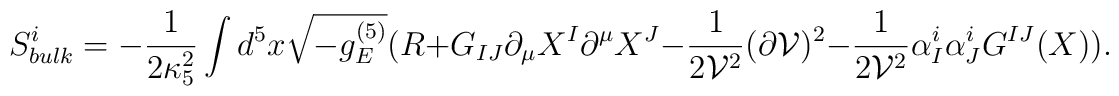
S_{bulk}^i=-\frac{1}{2\kappa_5^2}\int d^5x \sqrt{-g_E^{(5)}}(R+G_{IJ}\partial_{\mu}X^I\partial^{\mu}X^J-\frac{1}{2{\cal V}^2}(\partial {\cal V})^2 -\frac{1}{2{\cal V}^2}\alpha_I^i\alpha_J^iG^{IJ}(X)).